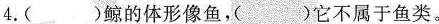
4.()鲸的体形像鱼，它不属于鱼类。